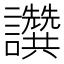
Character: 𧮖